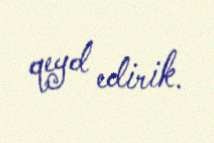
qeyd edirik.